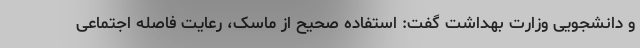
و دانشجویی وزارت بهداشت گفت: استفاده صحیح از ماسک، رعایت فاصله اجتماعی